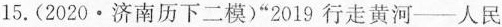
15.(2020\cdot 济南历下二模)”2019行走黄河—人民